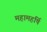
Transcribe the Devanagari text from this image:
महामहर्षि